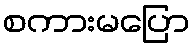
စကားမပြော